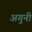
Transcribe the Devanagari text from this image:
अगुनी